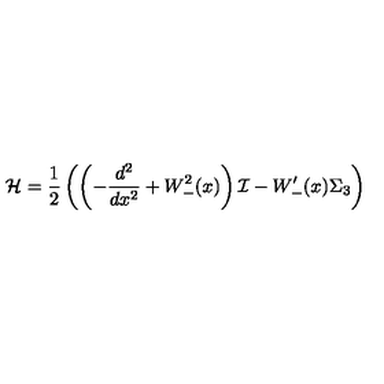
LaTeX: { \cal H } = \frac { 1 } { 2 } \left( \left( - \frac { d ^ { 2 } } { d x ^ { 2 } } + W _ { - } ^ { 2 } ( x ) \right) { \cal I } - W _ { - } ^ { \prime } ( x ) \Sigma _ { 3 } \right)